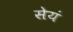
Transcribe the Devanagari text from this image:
सेयं